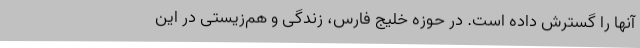
آنها را گسترش داده است. در حوزه خليج فارس، زندگی و هم‌زيستی در اين